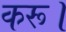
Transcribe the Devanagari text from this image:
करू।